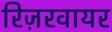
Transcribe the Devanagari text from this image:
रिज़रवायर